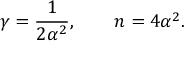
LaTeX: \gamma = \frac { 1 } { 2 \alpha ^ { 2 } } , \qquad n = 4 \alpha ^ { 2 } .